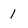
Character: 1